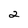
Character: 2